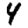
Digit: 4